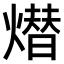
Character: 𤏖